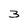
Character: 3